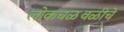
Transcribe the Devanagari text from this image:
लोकचळवळीचे